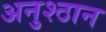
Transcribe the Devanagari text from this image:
अनुश्ठान